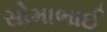
સોમાભાઈ